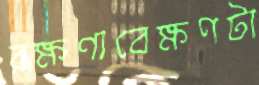
রক্ষণাবেক্ষণটা